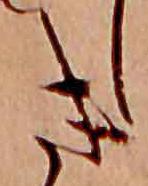
き